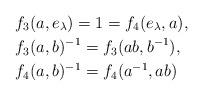
LaTeX: \begin{align*}&f_3(a,e_\lambda)=1=f_4(e_\lambda,a),\\&f_3(a,b)^{-1}=f_3(ab,b^{-1}),\\&f_4(a,b)^{-1}=f_4(a^{-1},ab)\end{align*}